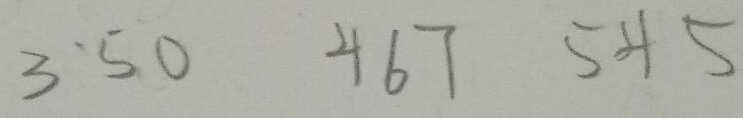
3 ^ { \cdot } 5 0 4 6 7 5 4 5